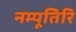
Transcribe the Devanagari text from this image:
नम्पूतिरि